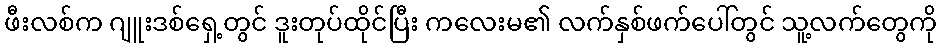
ဖီးလစ်က ဂျူးဒစ်ရှေ့တွင် ဒူးတုပ်ထိုင်ပြီး ကလေးမ၏ လက်နှစ်ဖက်ပေါ်တွင် သူ့လက်တွေကို